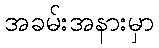
အခမ်းအနားမှာ